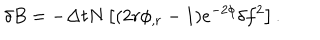
\delta B = - \Delta t N \left[ ( 2 r \phi _ { , r } - 1 ) e ^ { - 2 \phi } \delta f ^ { 2 } \right] .